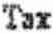
TAX